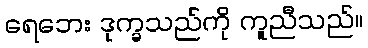
ရေဘေး ဒုက္ခသည်ကို ကူညီသည်။